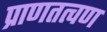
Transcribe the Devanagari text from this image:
प्राणतत्वण